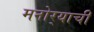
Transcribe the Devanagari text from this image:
मनोर्‍याची